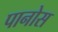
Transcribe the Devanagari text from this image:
पानोस